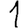
Digit: 1